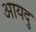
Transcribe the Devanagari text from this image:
आयदु